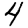
Digit: 4